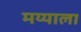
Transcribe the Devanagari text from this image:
मय्याला